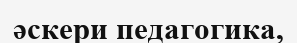
әскери педагогика,